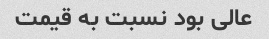
عالی بود نسبت به قیمت